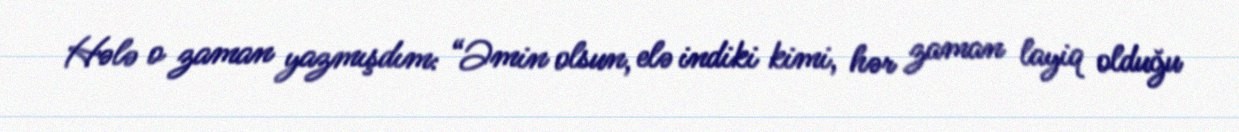
Hələ o zaman yazmışdım: “Əmin olsun, elə indiki kimi, hər zaman layiq olduğu